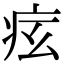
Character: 𤵋